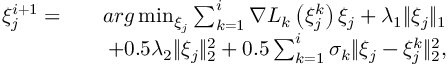
\begin{array} { r l r } { \xi _ { j } ^ { i + 1 } = } & { } & { a r g \operatorname* { m i n } _ { \xi _ { j } } \sum _ { k = 1 } ^ { i } { \nabla L } _ { k } \left( \xi _ { j } ^ { k } \right) \xi _ { j } + \lambda _ { 1 } \| \xi _ { j } \| _ { 1 } } \\ & { } & { + 0 . 5 \lambda _ { 2 } \| \xi _ { j } \| _ { 2 } ^ { 2 } + 0 . 5 \sum _ { k = 1 } ^ { i } \sigma _ { k } \| \xi _ { j } - \xi _ { j } ^ { k } \| _ { 2 } ^ { 2 } , } \end{array}